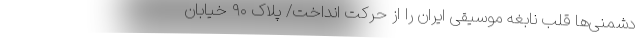
دشمنی‌ها قلب نابغه موسیقی ایران را از حرکت انداخت/ پلاک ۹۰ خیابان